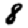
Digit: 8